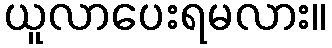
ယူလာပေးရမလား။